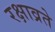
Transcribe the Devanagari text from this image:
रक्षाव्रते